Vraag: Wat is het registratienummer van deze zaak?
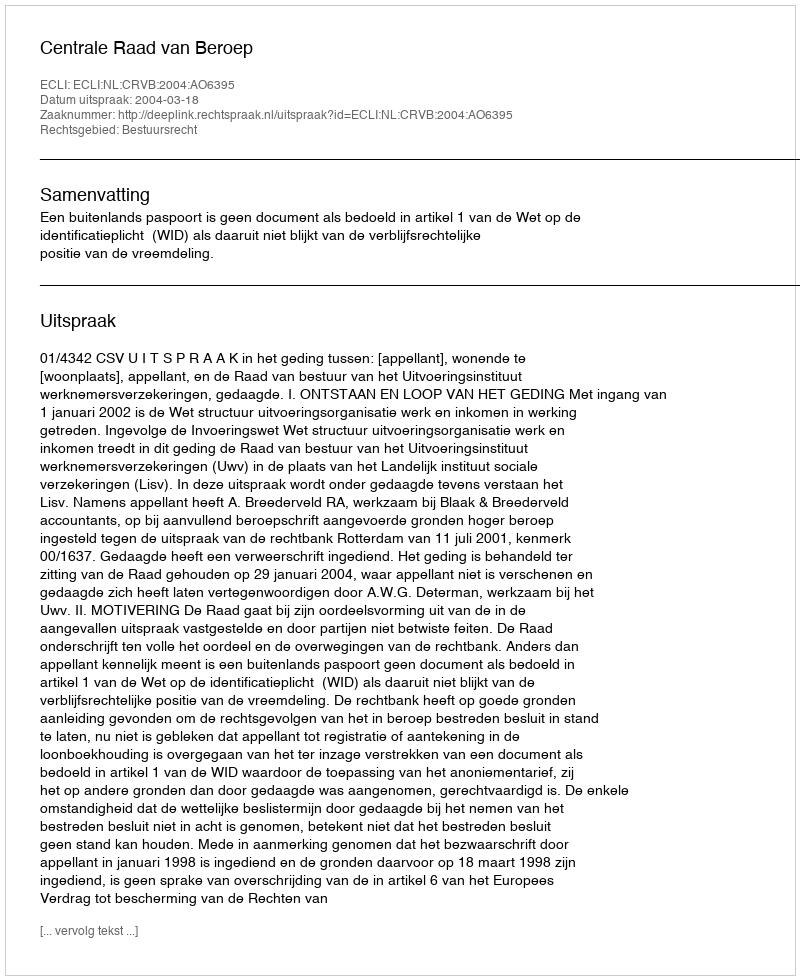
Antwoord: http://deeplink.rechtspraak.nl/uitspraak?id=ECLI:NL:CRVB:2004:AO6395